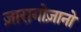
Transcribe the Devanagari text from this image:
ज़ारागोज़ानो